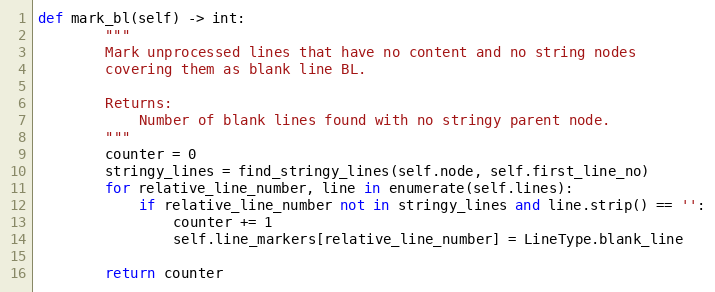
Language: Python
def mark_bl(self) -> int:
        """
        Mark unprocessed lines that have no content and no string nodes
        covering them as blank line BL.

        Returns:
            Number of blank lines found with no stringy parent node.
        """
        counter = 0
        stringy_lines = find_stringy_lines(self.node, self.first_line_no)
        for relative_line_number, line in enumerate(self.lines):
            if relative_line_number not in stringy_lines and line.strip() == '':
                counter += 1
                self.line_markers[relative_line_number] = LineType.blank_line

        return counter